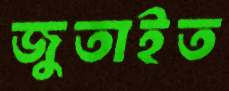
জুতাইত